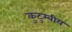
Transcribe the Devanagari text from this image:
कुटुम्बीय